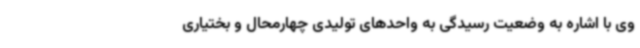
وی با اشاره به وضعیت رسیدگی به واحدهای تولیدی چهارمحال و بختیاری